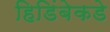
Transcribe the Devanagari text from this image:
हिडिंबेकडे